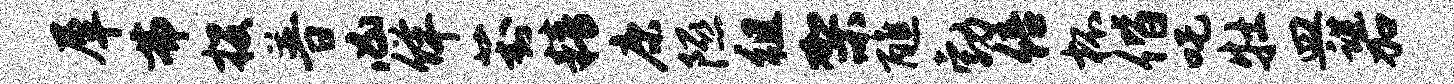
犀弗投普凶佯葑精康隰徂架醮勃倍杯偕吒牡皿谌加